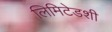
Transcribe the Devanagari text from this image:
लिमिटेडशी